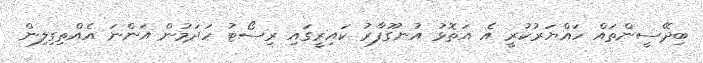
ބިދޭސީންތައް ހައްޔަރުކުރީ އެ އަތޮޅު އުނގޫފާރު ކައިރީގައި ރިސޯޓު ހަދަމުން އަންނަ އެއްތިގިލިން